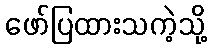
ဖော်ပြထားသကဲ့သို့